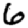
Digit: 6